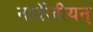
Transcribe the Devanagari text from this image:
नार्वेजीयन्